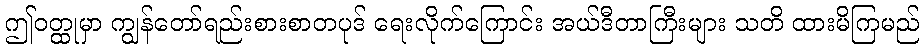
ဤဝတ္ထုမှာ ကျွန်တော်ရည်းစားစာတပုဒ် ရေးလိုက်ကြောင်း အယ်ဒီတာကြီးများ သတိ ထားမိကြမည်